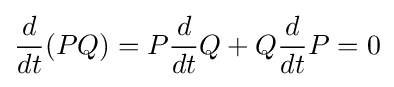
{\frac {d}{dt}}(PQ)=P{\frac {d}{dt}}Q+Q{\frac {d}{dt}}P=0